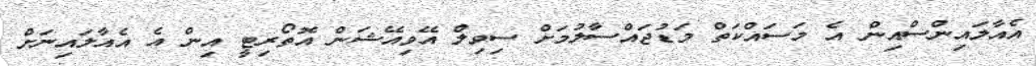
އެއާލައިންސްއިން އެ މަސައްކަތް މަޑުޖައްސާލުމަށް ސިވިލް އޭވިއޭޝަން އޮތޯރިޓީ އިން އެ އެއާލައިނަށް